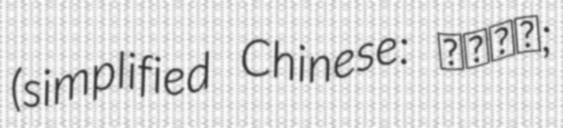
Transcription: (simplified Chinese: 善财童子;